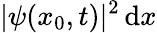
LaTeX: |\psi(x_{0},t)|^{2}\, \mathrm{d}x